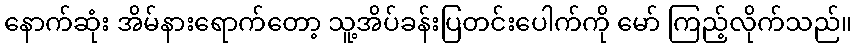
နောက်ဆုံး အိမ်နားရောက်တော့ သူ့အိပ်ခန်းပြတင်းပေါက်ကို မော် ကြည့်လိုက်သည်။